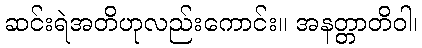
ဆင်းရဲအတိဟုလည်းကောင်း။ အနတ္တာတိဝါ၊